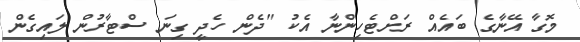
މޮގާ އޭނާގެ ބައެއް ރަށްޓެހިންނާ އެކު "ދެން ހެދީ ގިނަ ސްޓާރުން ލައިގެން